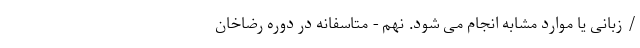
/ زبانی یا موارد مشابه انجام می شود. نهم - متاسفانه در دوره رضاخان